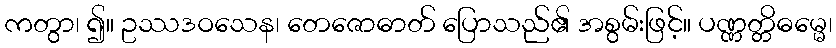
ကတွာ၊ ၍။ ဥဿဒဝသေန၊ တေဇောဓာတ် ပြောသည်၏ အစွမ်းဖြင့်။ ပဏ္ဏတ္တိဓမ္မေ၊